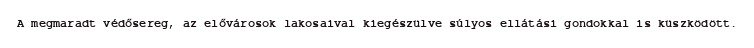
A megmaradt védősereg, az elővárosok lakosaival kiegészülve súlyos ellátási gondokkal is küszködött.